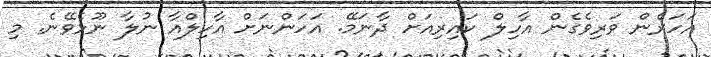
އަހަރެން ވަރިވެގެން އާހިލް ކައިރިއަށް ދާނަމޭ. އަހަންނަށް އާހިލްއާ ނުލާ ނޫޅެވޭނެ. މި